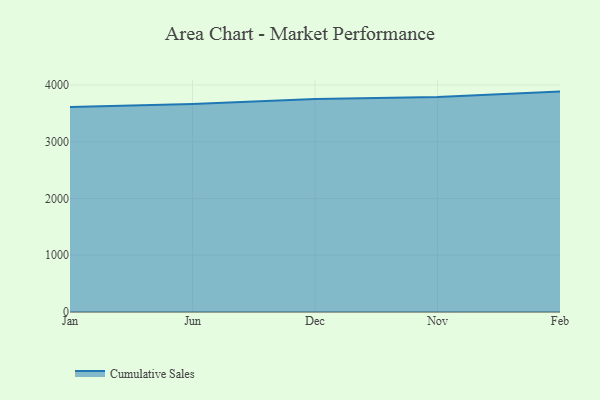
{"axis": {"x": "Month", "y": "Inventory Turnover"}, "legend": ["Cumulative Sales"], "data": [{"x": "Jan", "y": 3613.2, "type": "Cumulative Sales"}, {"x": "Jun", "y": 3666.2, "type": "Cumulative Sales"}, {"x": "Dec", "y": 3751.4, "type": "Cumulative Sales"}, {"x": "Nov", "y": 3787.3, "type": "Cumulative Sales"}, {"x": "Feb", "y": 3883.4, "type": "Cumulative Sales"}]}